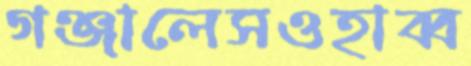
গঞ্জালেসওহাব্ব